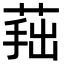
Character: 𦵛